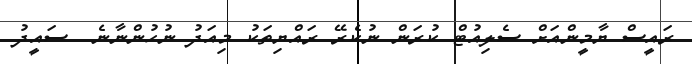
ރައީސް ޔާމީންއަށް ސެލިއުޓް ކުރަން ނުކެރޭ ރައްޔިތަކު މިއަދު ނުހުންނާނެ  ސައީދު